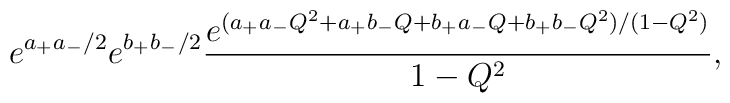
e^{a_+a_-/2}e^{b_+b_-/2} \frac{e^{(a_+a_-Q^2 +a_+b_-Q+b_+a_-Q+b_+b_-Q^2) /(1-Q^2)}}{1-Q^2},